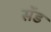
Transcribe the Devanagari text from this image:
सॅंड